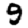
Digit: 9